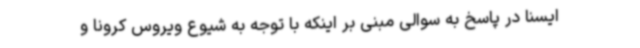
ایسنا در پاسخ به سوالی مبنی بر اینکه با توجه به شیوع ویروس کرونا و